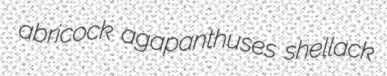
abricock agapanthuses shellack